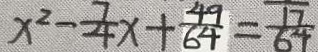
x ^ { 2 } - \frac { 7 } { 4 } x + \frac { 4 9 } { 6 4 } = \frac { 1 7 } { 6 4 }